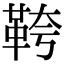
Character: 𩊓